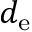
d _ { \mathrm { e } }